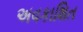
અવકાશિત